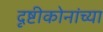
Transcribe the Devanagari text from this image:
दृष्टीकोनांच्या